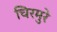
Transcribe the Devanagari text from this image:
चिरमुरे